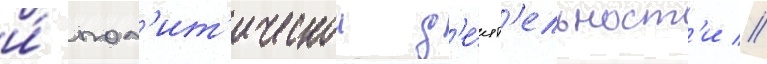
и́ пол'ит'ическои д'е́ят'ельност'и //